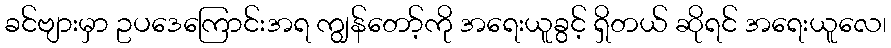
ခင်ဗျားမှာ ဥပဒေကြောင်းအရ ကျွန်တော့်ကို အရေးယူခွင့် ရှိတယ် ဆိုရင် အရေးယူလေ၊